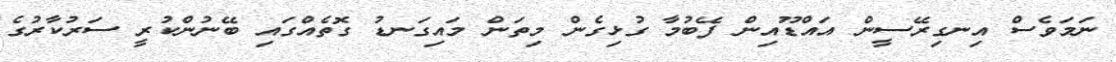
ނަމަވެސް އިނގިރޭސީން އައްޑޫއިން ފޭބުމާ ގުޅިގެން މިތަން މައިގަނޑު ގޮތެއްގައި ބޭނުންކުރީ ސަރުކާރުގެ